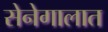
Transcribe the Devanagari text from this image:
सेनेगालात